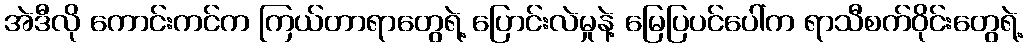
အဲဒီလို ကောင်းကင်က ကြယ်တာရာတွေရဲ့ ပြောင်းလဲမှုနဲ့ မြေပြပင်ပေါ်က ရာသီစက်ဝိုင်းတွေရဲ့